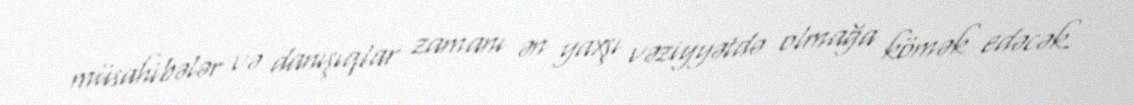
müsahibələr və danışıqlar zamanı ən yaxşı vəziyyətdə olmağa kömək edəcək.